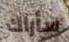
سأراك